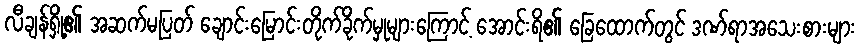
လီချန်ရှို့၏ အဆက်မပြတ် ချောင်းမြောင်းတိုက်ခိုက်မှုများကြောင့် အောင်းရိ၏ ခြေထောက်တွင် ဒဏ်ရာအသေးစားများ